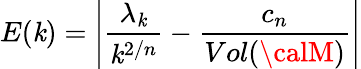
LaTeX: E(\mathit{k})=\left|\frac{{\lambda_{\mathit{k}}}}{{\mathit{k}^{2/n}}}-\frac{{c_{n}}}{{Vol({\calM})}}\right|